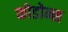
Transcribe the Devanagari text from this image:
कोडोन्स